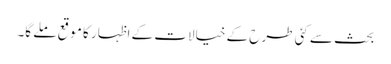
بحث سے کئی طرح کے خیالات کے اظہار کا موقع ملے گا۔